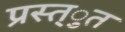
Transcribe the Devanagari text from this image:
प्रस्त्ुत